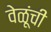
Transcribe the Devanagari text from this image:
वेळूंची